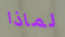
لماذا